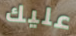
عليك